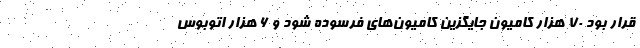
قرار بود ۷۰ هزار کامیون جایگزین کامیون‌های فرسوده شود و ۶ هزار اتوبوس